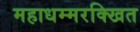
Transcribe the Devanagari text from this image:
महाधम्मरक्खित